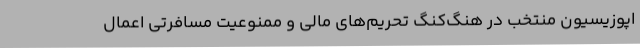
اپوزیسیون منتخب در هنگ‌کنگ تحریم‌های مالی و ممنوعیت مسافرتی اعمال